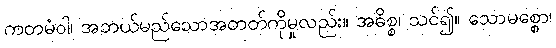
ကတမံဝါ၊ အဘယ်မည်သောအတတ်ကိုမှုလည်း။ အဓိစ္စ၊ သင်၍။ သောမစ္စော၊